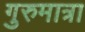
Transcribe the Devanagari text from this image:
गुरुमात्रा